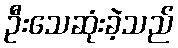
ဦးသေဆုံးခဲ့သည်